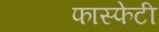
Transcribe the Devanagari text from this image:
फास्फेटी